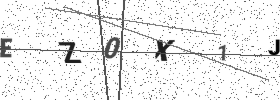
Text: EZ0X1J